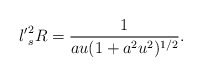
\begin{align*}{l'}^2_s R = \frac{1}{au (1 + a^2 u^2)^{1/2}}.\end{align*}